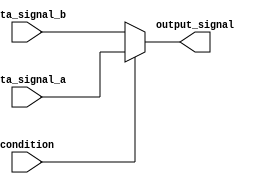
module conditional_assignment (
    input wire condition,      // Condition signal
    input wire data_signal_a,  // First data signal
    input wire data_signal_b,  // Second data signal
    output wire output_signal   // Output wire
);

// Continuous assignment using the ternary operator
assign output_signal = (condition) ? data_signal_a : data_signal_b;

endmodule